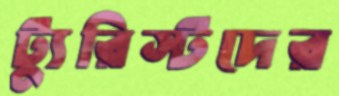
ট্যুরিস্টদের